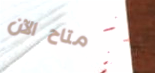
متاح الآن